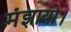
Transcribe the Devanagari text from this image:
मंझायो।